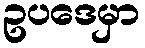
ဥပဒေမှာ